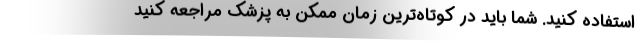
استفاده کنید. شما باید در کوتاه‌ترین زمان ممکن به پزشک مراجعه کنید